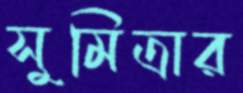
সুমিত্রার